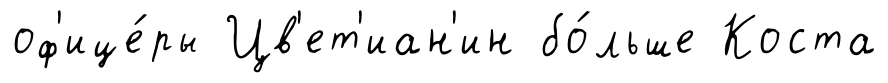
оф'ице́ры Цв'ет'иан'ин бо́льше Коста